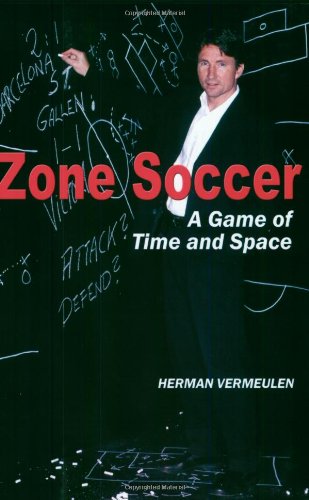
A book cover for Zone Soccer: A Game of Time and Space; Herman Vermeulen; Sports & Outdoors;